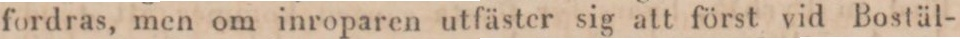
fordras, men om inroparen utfäster sig att först vid Bostäl-